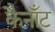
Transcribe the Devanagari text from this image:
कैनाँट